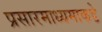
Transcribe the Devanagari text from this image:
प्रसारमाध्यमाकडे